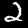
Label: 2